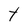
Character: Y